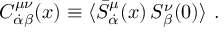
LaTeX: C _ { \dot { \alpha } \beta } ^ { \mu \nu } ( x ) \equiv \langle \bar { S } _ { \dot { \alpha } } ^ { \mu } ( x ) \, S _ { \beta } ^ { \nu } ( 0 ) \rangle \ .